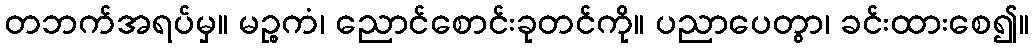
တဘက်အရပ်မှ။ မဉ္စကံ၊ ညောင်စောင်းခုတင်ကို။ ပညာပေတွာ၊ ခင်းထားစေ၍။